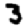
Digit: 3